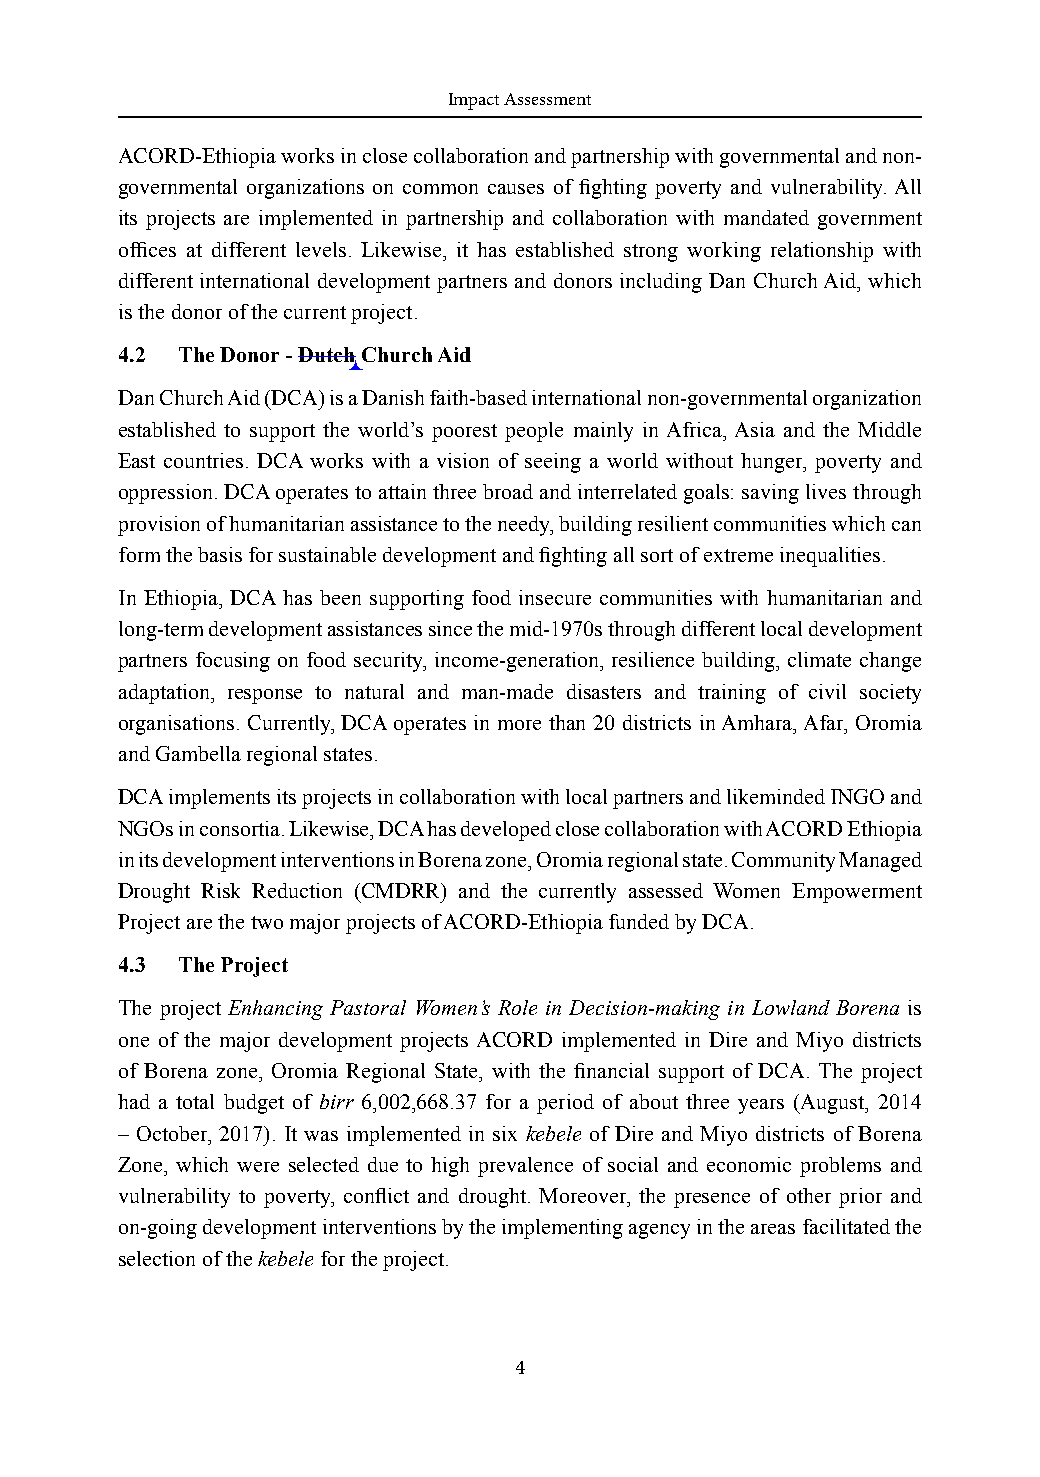
Impact Assessment
 ACORD-Ethiopia works in close collaboration and partnership with governmental and non-
 governmental organizations on common causes of fighting poverty and vulnerability. All
 its projects are implemented in partnership and collaboration with mandated government
 offices at different levels. Likewise, it has established strong working relationship with
 different international development partners and donors including Dan Church Aid, which
 is the donor of the current project.
 4.2 The Donor - Dutch Church Aid
 Dan Church Aid (DCA) is a Danish faith-based international non-governmental organization
 established to support the world’s poorest people mainly in Africa, Asia and the Middle
 East countries. DCA works with a vision of seeing a world without hunger, poverty and
 oppression. DCA operates to attain three broad and interrelated goals: saving lives through
 provision of humanitarian assistance to the needy, building resilient communities which can
 form the basis for sustainable development and fighting all sort of extreme inequalities.
 In Ethiopia, DCA has been supporting food insecure communities with humanitarian and
 long-term development assistances since the mid-1970s through different local development
 partners focusing on food security, income-generation, resilience building, climate change
 adaptation, response to natural and man-made disasters and training of civil society
 organisations. Currently, DCA operates in more than 20 districts in Amhara, Afar, Oromia
 and Gambella regional states.
 DCA implements its projects in collaboration with local partners and likeminded INGO and
 NGOs in consortia. Likewise, DCA has developed close collaboration with ACORD Ethiopia
 in its development interventions in Borena zone, Oromia regional state. Community Managed
 Drought Risk Reduction (CMDRR) and the currently assessed Women Empowerment
 Project are the two major projects of ACORD-Ethiopia funded by DCA.
 4.3 The Project
 The project Enhancing Pastoral Women’s Role in Decision-making in Lowland Borena is
 one of the major development projects ACORD implemented in Dire and Miyo districts
 of Borena zone, Oromia Regional State, with the financial support of DCA. The project
 had a total budget of birr 6,002,668.37 for a period of about three years (August, 2014
 – October, 2017). It was implemented in six kebele of Dire and Miyo districts of Borena
 Zone, which were selected due to high prevalence of social and economic problems and
 vulnerability to poverty, conflict and drought. Moreover, the presence of other prior and
 on-going development interventions by the implementing agency in the areas facilitated the
 selection of the kebele for the project.
 4